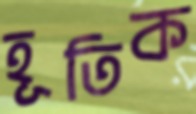
হূতিক